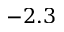
- 2 . 3